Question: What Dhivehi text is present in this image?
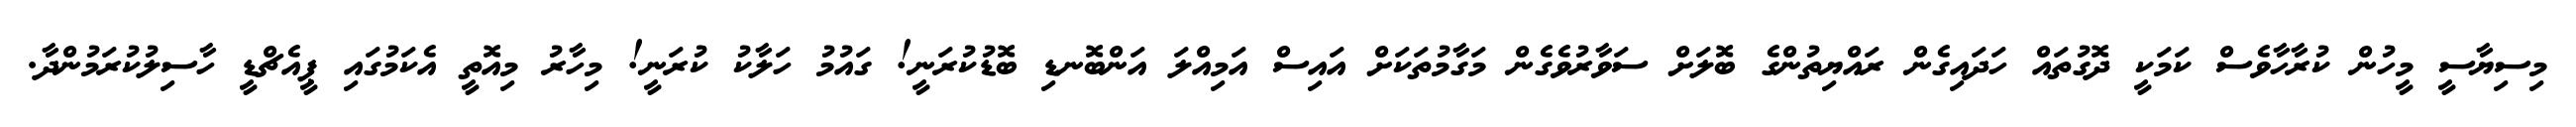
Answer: މިސިޔާސީ މީހުން ކުރާހާވެސް ކަމަކީ ދޮގުތައް ހަދައިގެން ރައްޔިތުންގެ ބޮލަށް ސަވާރުވެގެން މަގާމުތަކަށް އައިސް އަމިއްލަ އަންބޮނޑި ބޮޑުކުރަނީ! ގައުމު ހަލާކު ކުރަނީ! މިހާރު މިއޮތީ އެކަމުގައި ޕީއެޗްޑީ ހާސިލުކުރަމުންދާ.